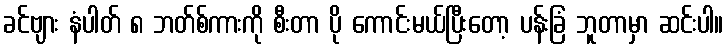
ခင်ဗျား နံပါတ် ၈ ဘတ်စ်ကားကို စီးတာ ပို ကောင်းမယ်ပြီးတော့ ပန်းခြံ ဘူတာမှာ ဆင်းပါ။